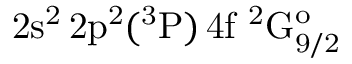
\mathrm { 2 s ^ { 2 } \, 2 p ^ { 2 } ( ^ { 3 } P ) \, 4 f ~ ^ { 2 } G _ { 9 / 2 } ^ { o } }